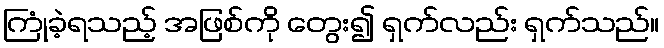
ကြုံခဲ့ရသည့် အဖြစ်ကို တွေး၍ ရှက်လည်း ရှက်သည်။